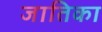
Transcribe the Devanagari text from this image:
जातिका